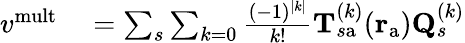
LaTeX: \begin{array}{rl}{{v}^{\mathrm{mult}}}&{{}=\sum_{s}\sum_{k=0}\frac{(-1)^{|k|}}{k!}{\mathbf{T}}_{s\mathrm{a}}^{(k)}(\mathbf{r}_{\mathrm{a}})\mathbf{Q}_{s}^{(k)}}\end{array}